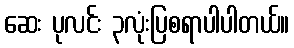
ဆေး ပုလင်း ၃လုံးပြစရာပါပါတယ်။